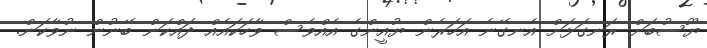
ޔޫސުބަށް ރަނގަޅަށް އެނގޭނެ އަހަރެން ޔުއީންގެ އެެއްވެސް ވާހަކައެއް ދައްކަން ބޭނުން ނުވާކަން.